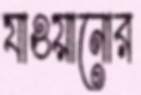
যাওয়ানোর